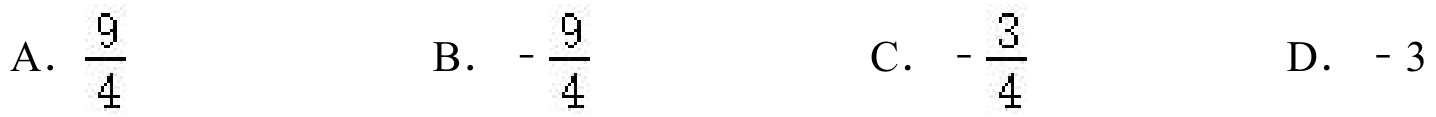
A. $\dfrac{9}{4}$
B. $-\dfrac{9}{4}$
C. $-\dfrac{3}{4}$
D. $- 3$